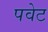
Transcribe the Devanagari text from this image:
पवेट